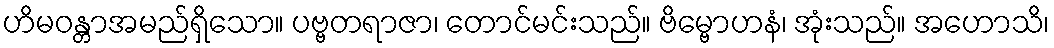
ဟိမဝန္တာအမည်ရှိသော။ ပဗ္ဗတရာဇာ၊ တောင်မင်းသည်။ ဗိမ္ဗောဟနံ၊ အုံးသည်။ အဟောသိ၊